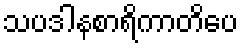
သပဒါနစာရိကာတိပေ